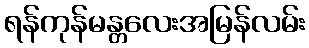
ရန်ကုန်မန္တလေးအမြန်လမ်း